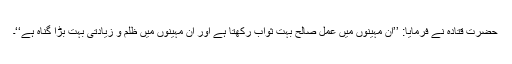
حضرت قتادہؓ نے فرمایا: ’’ان مہینوں میں عمل صالح بہت ثواب رکھتا ہے اور ان مہینوں میں ظلم و زیادتی بہت بڑا گناہ ہے‘‘۔